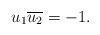
LaTeX: \begin{align*}u_1\overline{u_2}=-1.\end{align*}